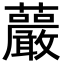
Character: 䕾